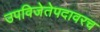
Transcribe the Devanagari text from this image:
उपविजेतेपदावरच